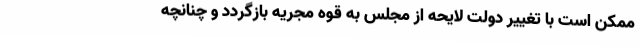
ممکن است با تغییر دولت لایحه از مجلس به قوه مجریه بازگردد و چنانچه